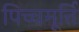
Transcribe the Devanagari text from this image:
पिच्चमूर्त्ति